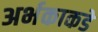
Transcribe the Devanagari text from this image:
अर्भकाकडे